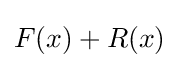
F(x)+R(x)